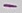
Text: -